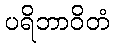
ပရိဘာဝိတံ